Calcutta medical institutions reports 1871-78
Year: 1871
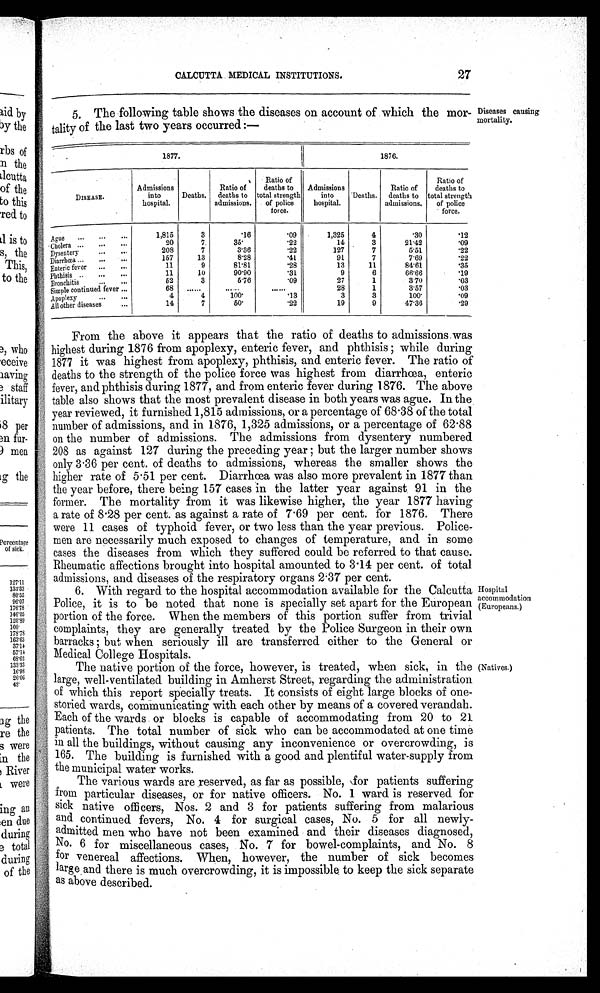
From the above it appears that the ratio of deaths to admissions was
highest during 1876 from apoplexy, enteric fever, and phthisis; while during
1877 it was highest from apoplexy, phthisis, and enteric fever. The ratio of
deaths to the strength of the police force was highest from diarrhœa, enteric
fever, and phthisis during 1877, and from enteric fever during 1876. The above
table also shows that the most prevalent disease in both years was ague. In the
year reviewed, it furnished 1,815 admissions, or a percentage of 68.38 of the total
number of admissions, and in 1876, 1,325 admissions, or a percentage of 62.88
on the number of admissions. The admissions from dysentery numbered
208 as against 127 during the preceding year; but the larger number shows
only 3.36 per cent. of deaths to admissions, whereas the smaller shows the
higher rate of 5.51 per cent. Diarrhœa was also more prevalent in 1877 than
the year before, there being 157 cases in the latter year against 91 in the
former. The mortality from it was likewise higher, the year 1877 having
a rate of 8.28 per cent. as against a rate of 7.69 per cent. for 1876. There
were 11 cases of typhoid fever, or two less than the year previous. Police--
men are necessarily much exposed to changes of temperature, and in some
cases the diseases from which they suffered could be referred to that cause.
Rheumatic affections brought into hospital amounted to 3.14 per cent. of total
admissions, and diseases of the respiratory organs 2.37 per cent.
whe
The native portion of the force, however, is treated, when sick, in the
large, well-ventilated building in Amherst Street, regarding the administration
of which this report specially treats. It consists of eight large blocks of one
-storied wards, communicating with each other by means of a covered verandah.
Each of the wards or blocks is capable of accommodating from 20 to 21
patients. The total number of sick who can be accommodated at one time
in all the buildings, without causing any inconvenience or overcrowding, is
165. The building is furnished with a good and plentiful water-supply from
the municipal water works.
6. With regard to the hospital accommodation available for the Calcutta
Police, it is to be noted that none is specially set apart for the European
portion of the force. When the members of this portion suffer from trivial
complaints, they are generally treated by the Police Surgeon in their own
barracks; but when seriously ill are transferred either to the General or
Medical College Hospitals.
CALCUTTA MEDICAL INSTITUTIONS.
27
5. The following table shows the diseases on account of which the mor
-tality of the last two years occurred:—
Diseases causing
mortality.
1877.
1876.
DISEASE.
Admissions
into
hospital.
Deaths.
Ratio of
deaths to
admissions.
Ratio of
deaths to
total strength
of police
force.
Admissions
into
hospital.
Deaths.
Ratio of
deaths to
admissions.
Ratio of
deaths to
total strength
of police
force.
Ague ... ...
. . .
1,815
3
·16
·09
1,325
4
·30
·12
C h o l e r a . . . . . .
. . . 2 0
7
3 5 ·
· 2 2
1 4
3
2 1 · 4 2
· 0 9
Dysentery ...
. . .
208
7
3·36
·22
127
7
5·51
·22
Diarrhœa ... ...
. . .
157
13
8·28
·41
91
7
7·69
·22
E n t e r i c f e v e r . . .
. . .
11
9
81·81
·28
13
11
84·61
·35
Phthisis ... ...
. . .
11
10
90·90
·31
9
6
66·66
·19
Bronchitis ...
. . .
52
3
5·76
·09
27
1
3·70
·03
Simple continued fever
. . .
68
. . . . . .
. . . . .
. . . . . . 28
1
3·57
·03
Apoplexy ...
. . .
4
4
100·
·13
3
3
100·
·09
All other diseases
. . .
14
7
50·
·22
19
9
47·36
·29
Hospital
accommodation
(Europeans.)
The various wards are reserved, as far as possible, for patients suffering
from particular diseases, or for native officers. No. 1 ward is reserved for
sick native officers, Nos. 2 and 3 for patients suffering from malarious
and continued fevers, No. 4 for surgical cases, No. 5 for all newly
-admitted men who have not been examined and their diseases diagnosed,
No. 6 for miscellaneous cases, No. 7 for bowel-complaints, and No. 8
for venereal affections. When, however, the number of sick becomes
large and there is much overcrowding, it is impossible to keep the sick separate
as above described.